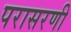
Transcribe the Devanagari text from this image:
परासरणी